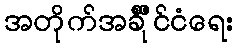
အတိုက်အခံိံိုင်ငံရေး